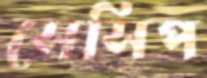
সেসিপ